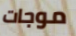
موجات